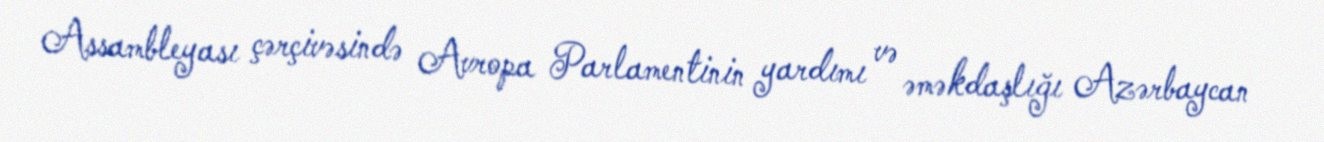
Assambleyası çərçivəsində Avropa Parlamentinin yardımı və əməkdaşlığı Azərbaycan